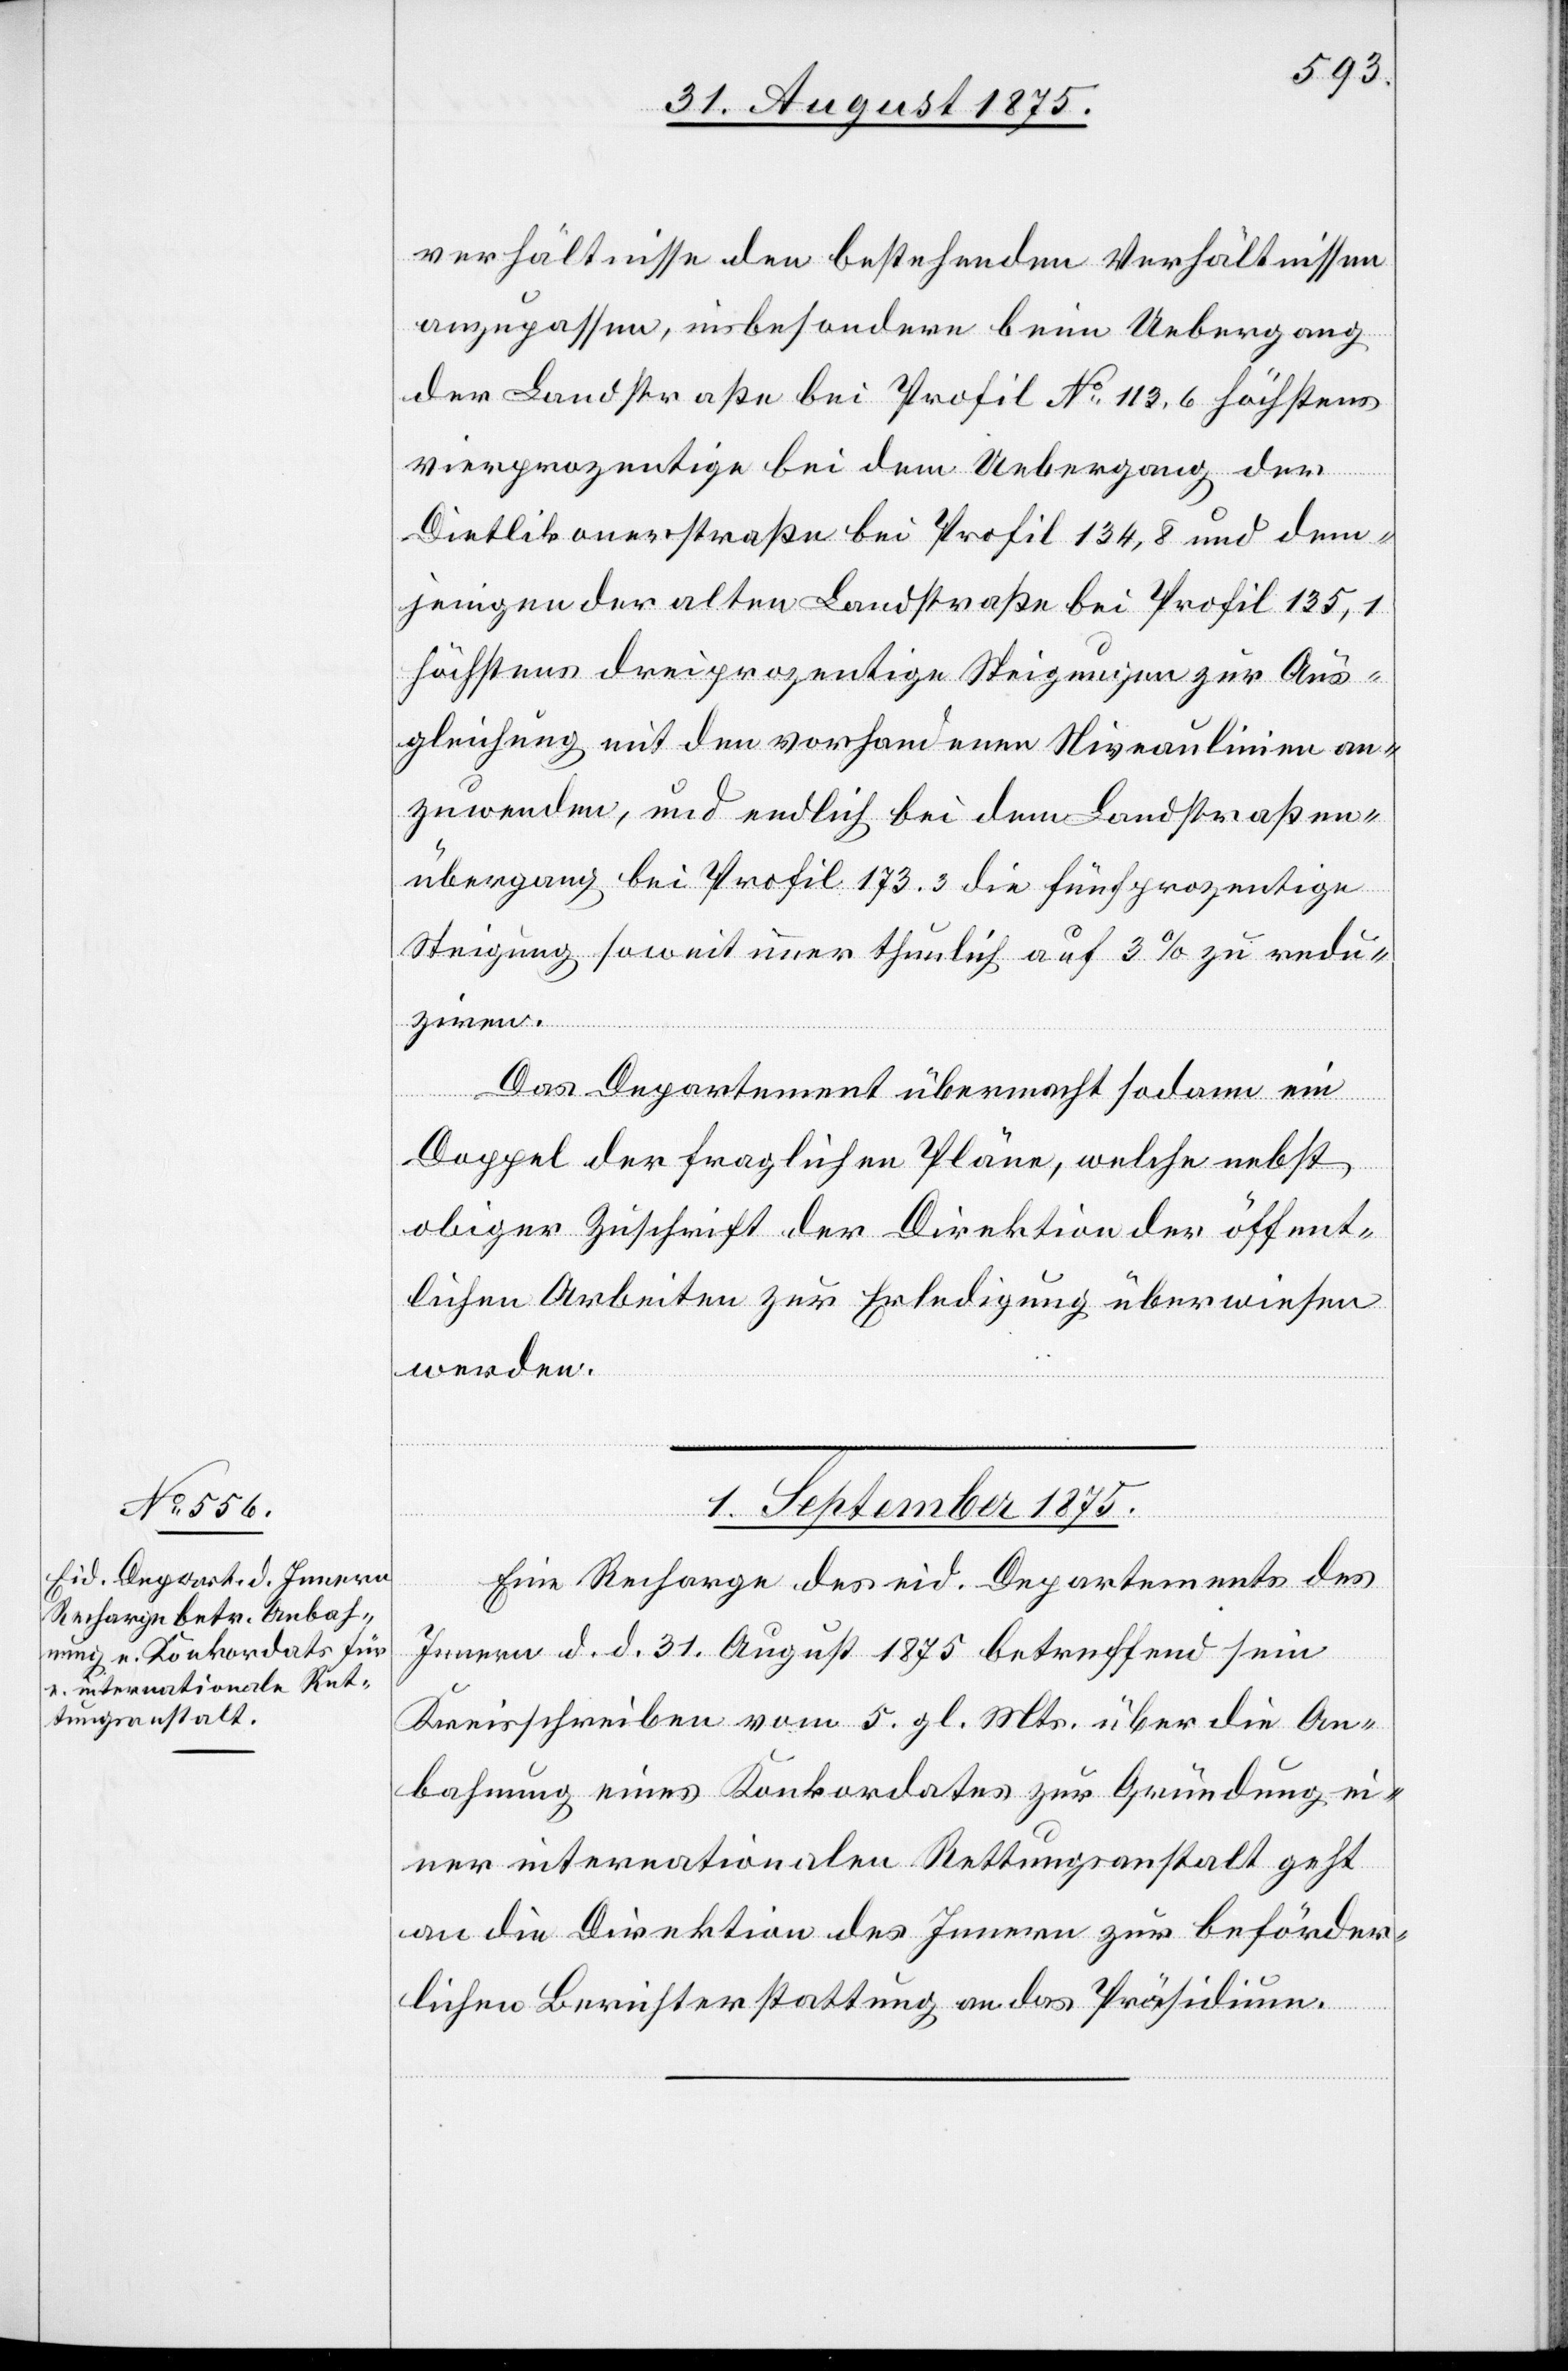
verhältnisse den bestehenden Verhältnissen
anzupassen, insbesondere beim Uebergang
der Landstraße bei Profil No 113,6 höchstens
vierprozentige bei dem Uebergang der
Dietlikonerstraße bei Profil 134,8 und dem¬
jenigen der alten Landstraße bei Profil 135,1
höchstens dreiprozentige Steigungen zur Aus¬
gleichung mit den vorhandenen Niveaulinien an¬
zuwenden, und endlich bei dem Landstraßen¬
übergang bei Profil 173.3 die fünfprozentige
Steigung soweit immer thunlich auf 3% zu redu¬
ziren.
Das Departement übermacht sodann ein
Doppel der fraglichen Pläne, welche nebst
obiger Zuschrift der Direktion der öffent¬
lichen Arbeiten zur Erledigung überwiesen
werden.
1. September 1875.
Eine Recharge des eid. Departements des
Innern d. d. 31. August 1875 betreffend sein
Kreisschreiben vom 5. gl. Mts. über die An¬
bahnung eines Konkordates zur Gründung ei¬
ner internationalen Rettungsanstalt geht
an die Direktion des Innern zur beförder¬
lichen Berichterstattung an das Präsidium.